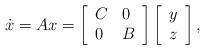
LaTeX: \begin{align*}\dot{x}=Ax=\left[\begin{array}{ll}C &0\\0&B\end{array}\right]\left[\begin{array}{l}y\\z\end{array}\right],\end{align*}